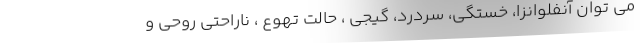
می توان آنفلوانزا، خستگی، سردرد، گیجی ، حالت تهوع ، ناراحتی روحی و